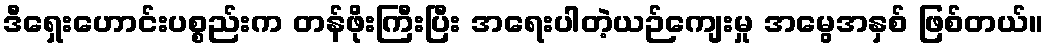
ဒီရှေးဟောင်းပစ္စည်းက တန်ဖိုးကြီးပြီး အရေးပါတဲ့ယဉ်ကျေးမှု အမွေအနှစ် ဖြစ်တယ်။